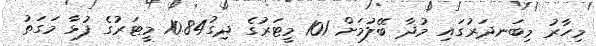
މިހާރު މިބަނދަރުގައި މުދާ ބޭލުމަށް 101 މީޓަރުގެ ދިގު10.84 މީޓަރުގެ ފުޅާ މަގަތު